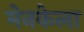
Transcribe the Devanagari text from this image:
मेनकेला